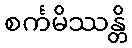
စင်္ကမိဿန္တိ